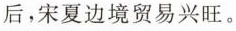
后，宋夏边境贸易兴旺。